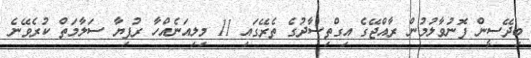
ބިދޭސީން ފޮނުވާލުމުން ރާއްޖޭގެ އިގްތިސާދުގެ ތެރޭގައި 11 މިލިއަނެއްހާ ރުފިޔާ ސަލާމަތް ކުރެވޭނެ